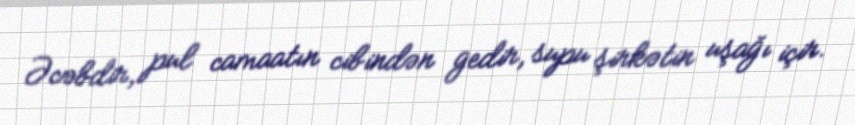
Əcəbdir, pul camaatın cibindən gedir, supu şirkətin uşağı içir.